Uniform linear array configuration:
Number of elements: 4
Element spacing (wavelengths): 1
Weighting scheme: exponential
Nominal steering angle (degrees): -45
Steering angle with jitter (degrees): -44.597
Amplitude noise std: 0.05
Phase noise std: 0.05

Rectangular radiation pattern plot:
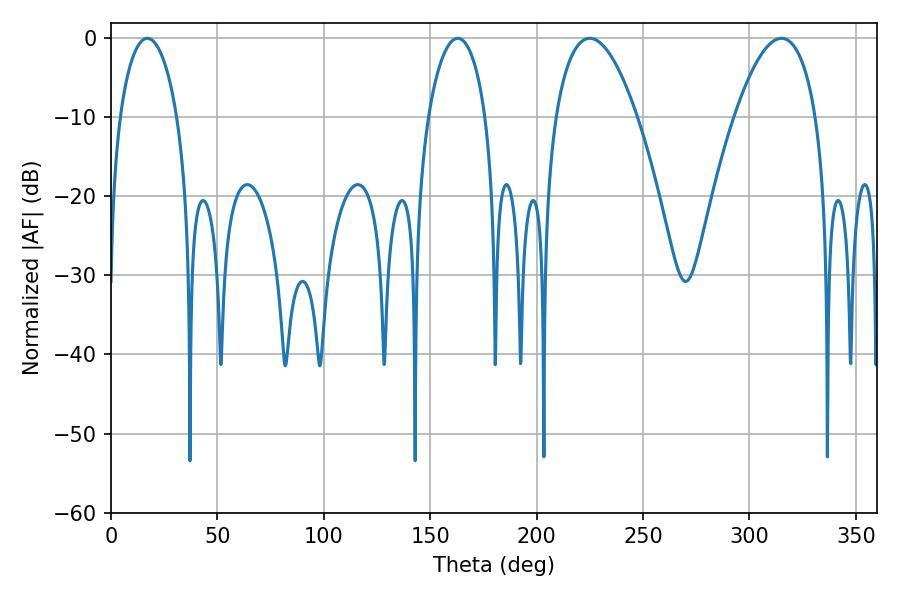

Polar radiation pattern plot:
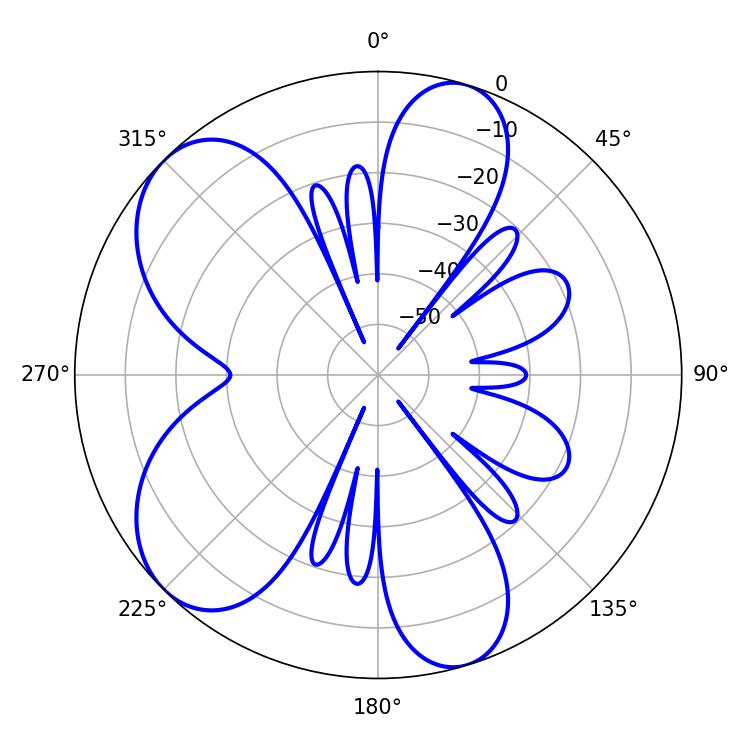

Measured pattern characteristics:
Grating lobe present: TRUE
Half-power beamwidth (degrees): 15.3
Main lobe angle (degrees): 17.1